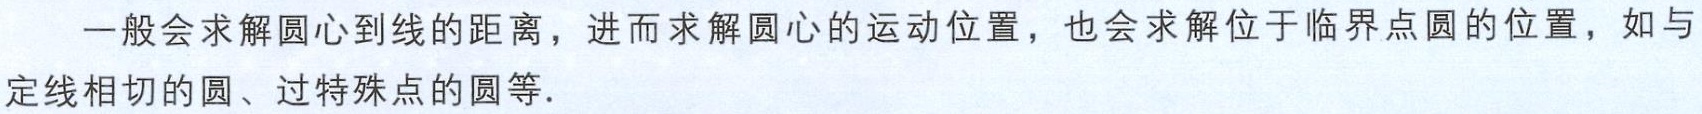
一般会求解圆心到线的距离，进而求解圆心的运动位置，也会求解位于临界点圆的位置，如与定线相切的圆、过特殊点的圆等.